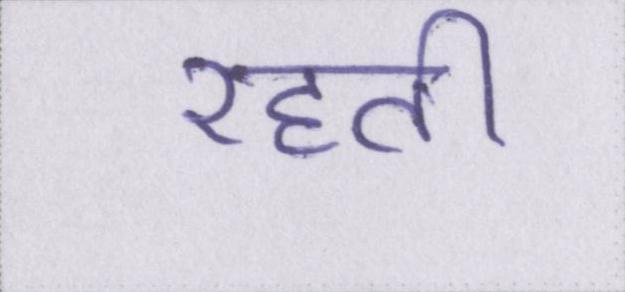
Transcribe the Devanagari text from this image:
रहती